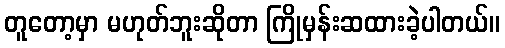
တူတော့မှာ မဟုတ်ဘူးဆိုတာ ကြိုမှန်းဆထားခဲ့ပါတယ်။